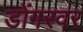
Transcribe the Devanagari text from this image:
डोंगरवर